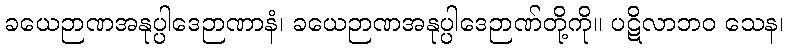
ခယေဉာဏအနုပ္ပါဒေဉာဏာနံ၊ ခယေဉာဏအနုပ္ပါဒေဉာဏ်တို့ကို။ ပဋိလာဘဝ သေန၊